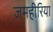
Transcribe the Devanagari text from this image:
जमहीरिया